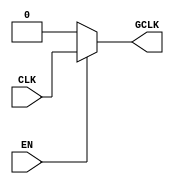
module static_clock_gating (
    input wire CLK,      // Primary clock input
    input wire EN,       // Enable signal
    output wire GCLK     // Gated clock output
);

// Gating Logic
assign GCLK = EN ? CLK : 1'b0; // If EN is high, GCLK follows CLK; otherwise, GCLK is low

endmodule